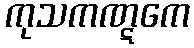
ကုသကဏ္ဋကေ